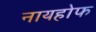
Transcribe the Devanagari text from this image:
नायहोफ